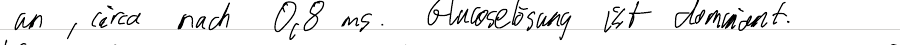
an, circa nach 0,8ms. Glucoselösung ist dominant.